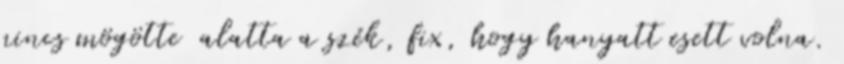
nincs mögötte alatta a szék, fix, hogy hanyatt esett volna.